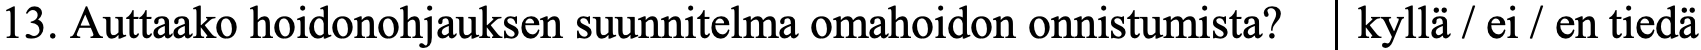
13. Auttaako hoidonohjauksen suunnitelma omahoidon onnistumista? kyllä / ei / en tiedä